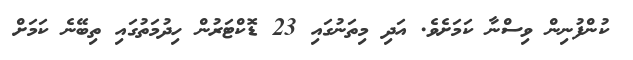
ކުންފުނިން ވިސްނާ ކަމަށެވެ. އަދި މިތަނުގައި 23 ޑޮކްޓަރުން ހިދުމަތުގައި ތިބޭނެ ކަމަށް